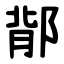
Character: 鄁